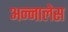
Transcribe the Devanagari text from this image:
अन्नालेस